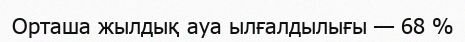
Орташа жылдық ауа ылғалдылығы — 68 %